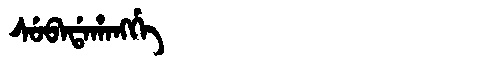
Manchu: ᠰᡠᠪᠠᡩᠠᡥᠠᠩᡤᡝ
Romanization: SUBADAHANGGE